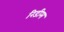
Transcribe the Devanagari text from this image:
रिडीम